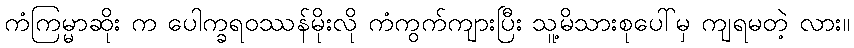
ကံကြမ္မာဆိုး က ပေါက္ခရဝဿန်မိုးလို ကံကွက်ကျားပြီး သူ့မိသားစုပေါ်မှ ကျရမတဲ့ လား။